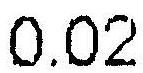
0.02